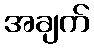
အချက်